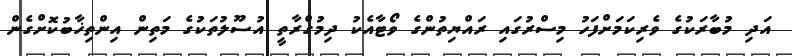
އަދި މުބާރަކުގެ ވެރިކަމަށްފަހު މިސްރުގައި ރައްޔިތުންގެ ވޯޓާއެކު ދިމުގްރާތީ އުސޫލުތަކުގެ މަތިން އިންތިޚާބުކޮށްގެން